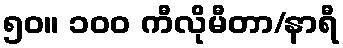
၅၀။ ၁၀၀ ကီလိုမီတာ/နာရီ